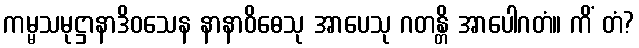
ကမ္မသမုဋ္ဌာနာဒိဝသေန နာနာဝိဓေသု အာပေသု ဂတန္တိ အာပေါဂတံ။ ကိံ တံ?